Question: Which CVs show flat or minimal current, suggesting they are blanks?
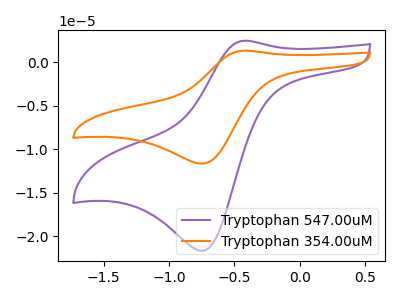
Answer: <think>The purple curve "Tryptophan 547.00uM" has an anodic peak at (-0.45V, 2.45uA) and a cathodic peak at (-0.75V, -21.70uA). The orange curve "Tryptophan 354.00uM" has an anodic peak at (-0.45V, 1.35uA) and a cathodic peak at (-0.75V, -11.65uA).</think>
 <answer>There are not any CV's on this graph that are likely to be blanks.</answer>
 <eval>none</eval>